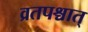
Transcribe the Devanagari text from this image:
व्रतपश्चात्‌